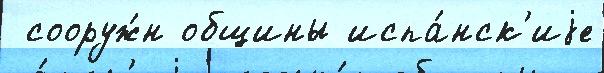
 сооруж́н общины испа́нск'иjе